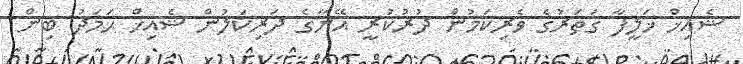
ޝެއިޚް ޚަލީފާ ގަތަރުގެ ވެރިކަމުން ދުރުކުރީ އޭނާގެ ދަރިކަލުން ޝެއިޚް ޙަމަދު ބިން